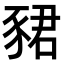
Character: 𬥀